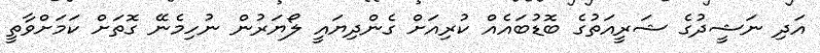
އަދި ނަޝީދުގެ ޝަރީއަތުގެ ބޮޑުބައެއް ކުރިއަށް ގެންދިޔައީ ލޯޔަރުން ނުހިމެނޭ ގޮތަށް ކަމަށްވާތީ